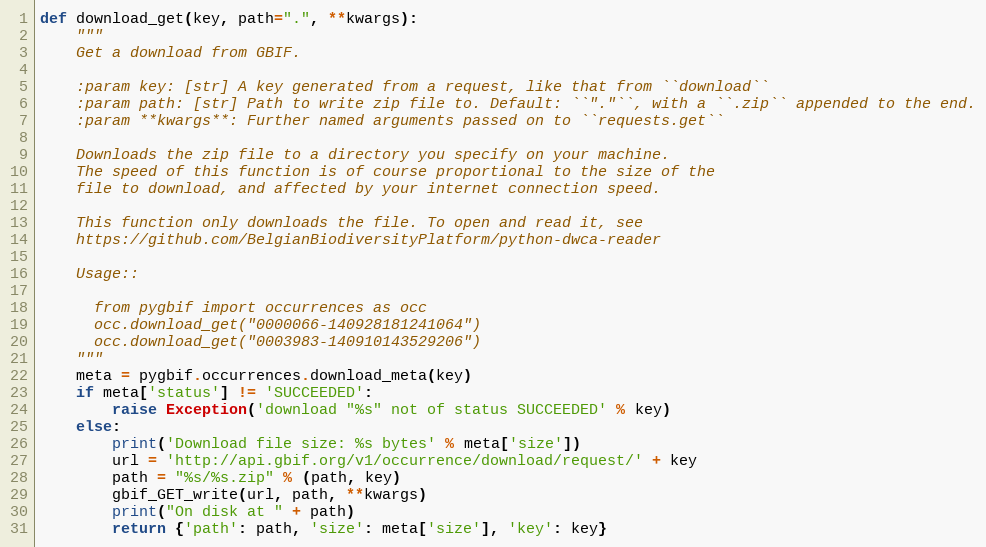
Language: Python
def download_get(key, path=".", **kwargs):
    """
    Get a download from GBIF.

    :param key: [str] A key generated from a request, like that from ``download``
    :param path: [str] Path to write zip file to. Default: ``"."``, with a ``.zip`` appended to the end.
    :param **kwargs**: Further named arguments passed on to ``requests.get``

    Downloads the zip file to a directory you specify on your machine.
    The speed of this function is of course proportional to the size of the
    file to download, and affected by your internet connection speed.

    This function only downloads the file. To open and read it, see
    https://github.com/BelgianBiodiversityPlatform/python-dwca-reader

    Usage::

      from pygbif import occurrences as occ
      occ.download_get("0000066-140928181241064")
      occ.download_get("0003983-140910143529206")
    """
    meta = pygbif.occurrences.download_meta(key)
    if meta['status'] != 'SUCCEEDED':
        raise Exception('download "%s" not of status SUCCEEDED' % key)
    else:
        print('Download file size: %s bytes' % meta['size'])
        url = 'http://api.gbif.org/v1/occurrence/download/request/' + key
        path = "%s/%s.zip" % (path, key)
        gbif_GET_write(url, path, **kwargs)
        print("On disk at " + path)
        return {'path': path, 'size': meta['size'], 'key': key}